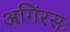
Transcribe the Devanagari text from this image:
अगिंरसः